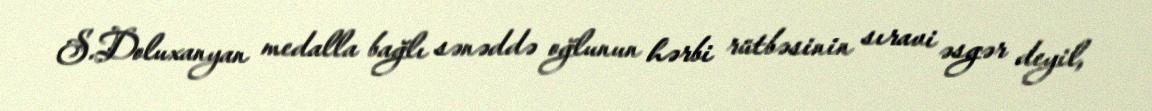
S.Doluxanyan medalla bağlı sənəddə oğlunun hərbi rütbəsinin sıravi əsgər deyil,